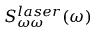
S _ { \omega \omega } ^ { l a s e r } ( \omega )